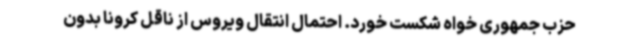
حزب جمهوری خواه شکست خورد. احتمال انتقال ویروس از ناقل کرونا بدون